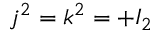
~ j ^ { 2 } = k ^ { 2 } = + I _ { 2 }